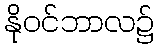
နိုဝင်ဘာလ၌